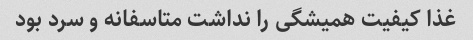
غذا کیفیت همیشگی را نداشت متاسفانه و سرد بود